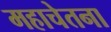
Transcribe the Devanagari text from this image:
महाचेतना